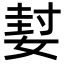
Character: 㜂